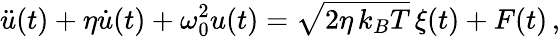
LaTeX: \ddot{u}(t)+\eta\dot{u}(t)+\omega_{0}^{2}u(t)=\sqrt{2\eta\, k_{B}T}\, \xi(t)+F(t)\, ,